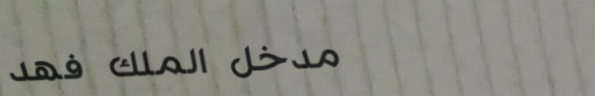
مدخل الملك فهد